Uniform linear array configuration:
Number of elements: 24
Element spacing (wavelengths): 0.25
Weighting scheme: blackman
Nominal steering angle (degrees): -45
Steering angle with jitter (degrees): -45.308
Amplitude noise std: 0.05
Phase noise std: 0.05

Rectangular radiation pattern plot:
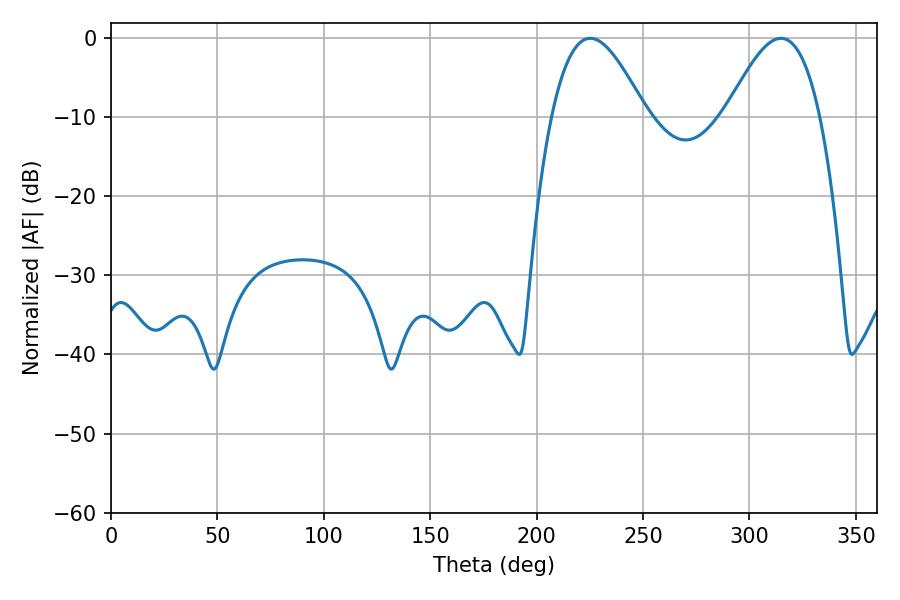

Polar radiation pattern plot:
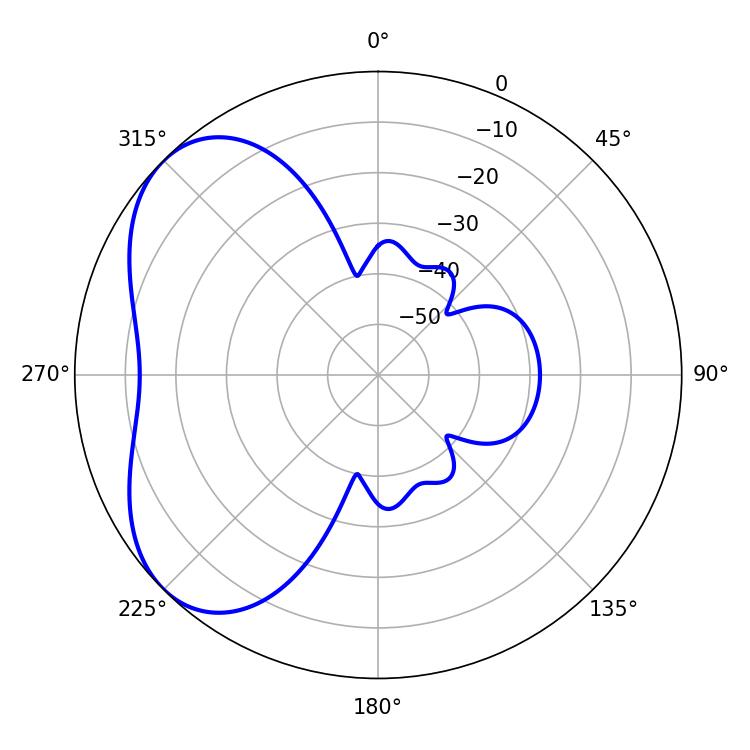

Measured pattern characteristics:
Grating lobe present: FALSE
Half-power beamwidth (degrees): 23.94
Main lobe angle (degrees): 225.18